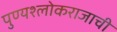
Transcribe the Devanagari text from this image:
पुण्यश्लोकराजाची